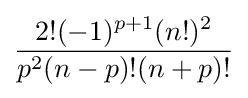
{\frac {2!(-1)^{p+1}(n!)^{2}}{p^{2}(n-p)!(n+p)!}}